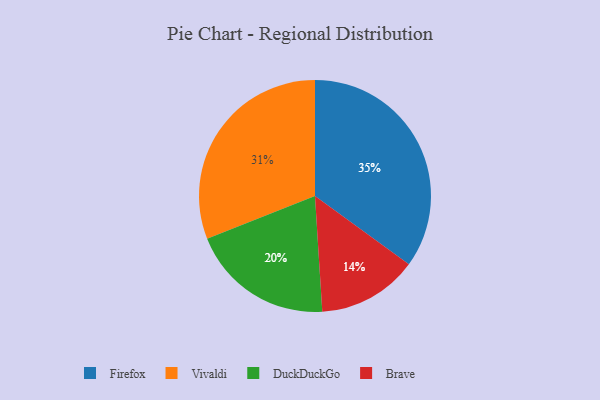
{"axis": {"x": "Category", "y": "Percentage"}, "legend": ["Brave", "DuckDuckGo", "Firefox", "Vivaldi"], "data": [{"x": "Vivaldi", "y": 31, "type": "Vivaldi"}, {"x": "Firefox", "y": 35, "type": "Firefox"}, {"x": "DuckDuckGo", "y": 20, "type": "DuckDuckGo"}, {"x": "Brave", "y": 14, "type": "Brave"}]}